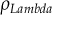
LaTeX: \rho _ { L a m b d a }